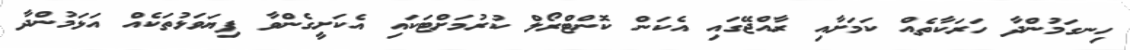
ހިނގަމުންދާ ހަރަކާތެއް ކަމަށާއި ރާއްޖޭގައި އެކަން ކޮންޓްރޯލް ކުރުމަށްޓަކައި އެކަށީގެންވާ ފިޔަވަޅުތަކެއް އަޅަމުންދާ